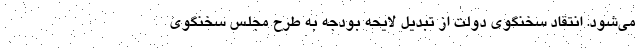
می‌شود. انتقاد سخنگوی دولت از تبدیل لایحه بودجه به طرح مجلس سخنگوی